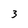
Character: 3